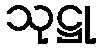
သုဋ္ဌု